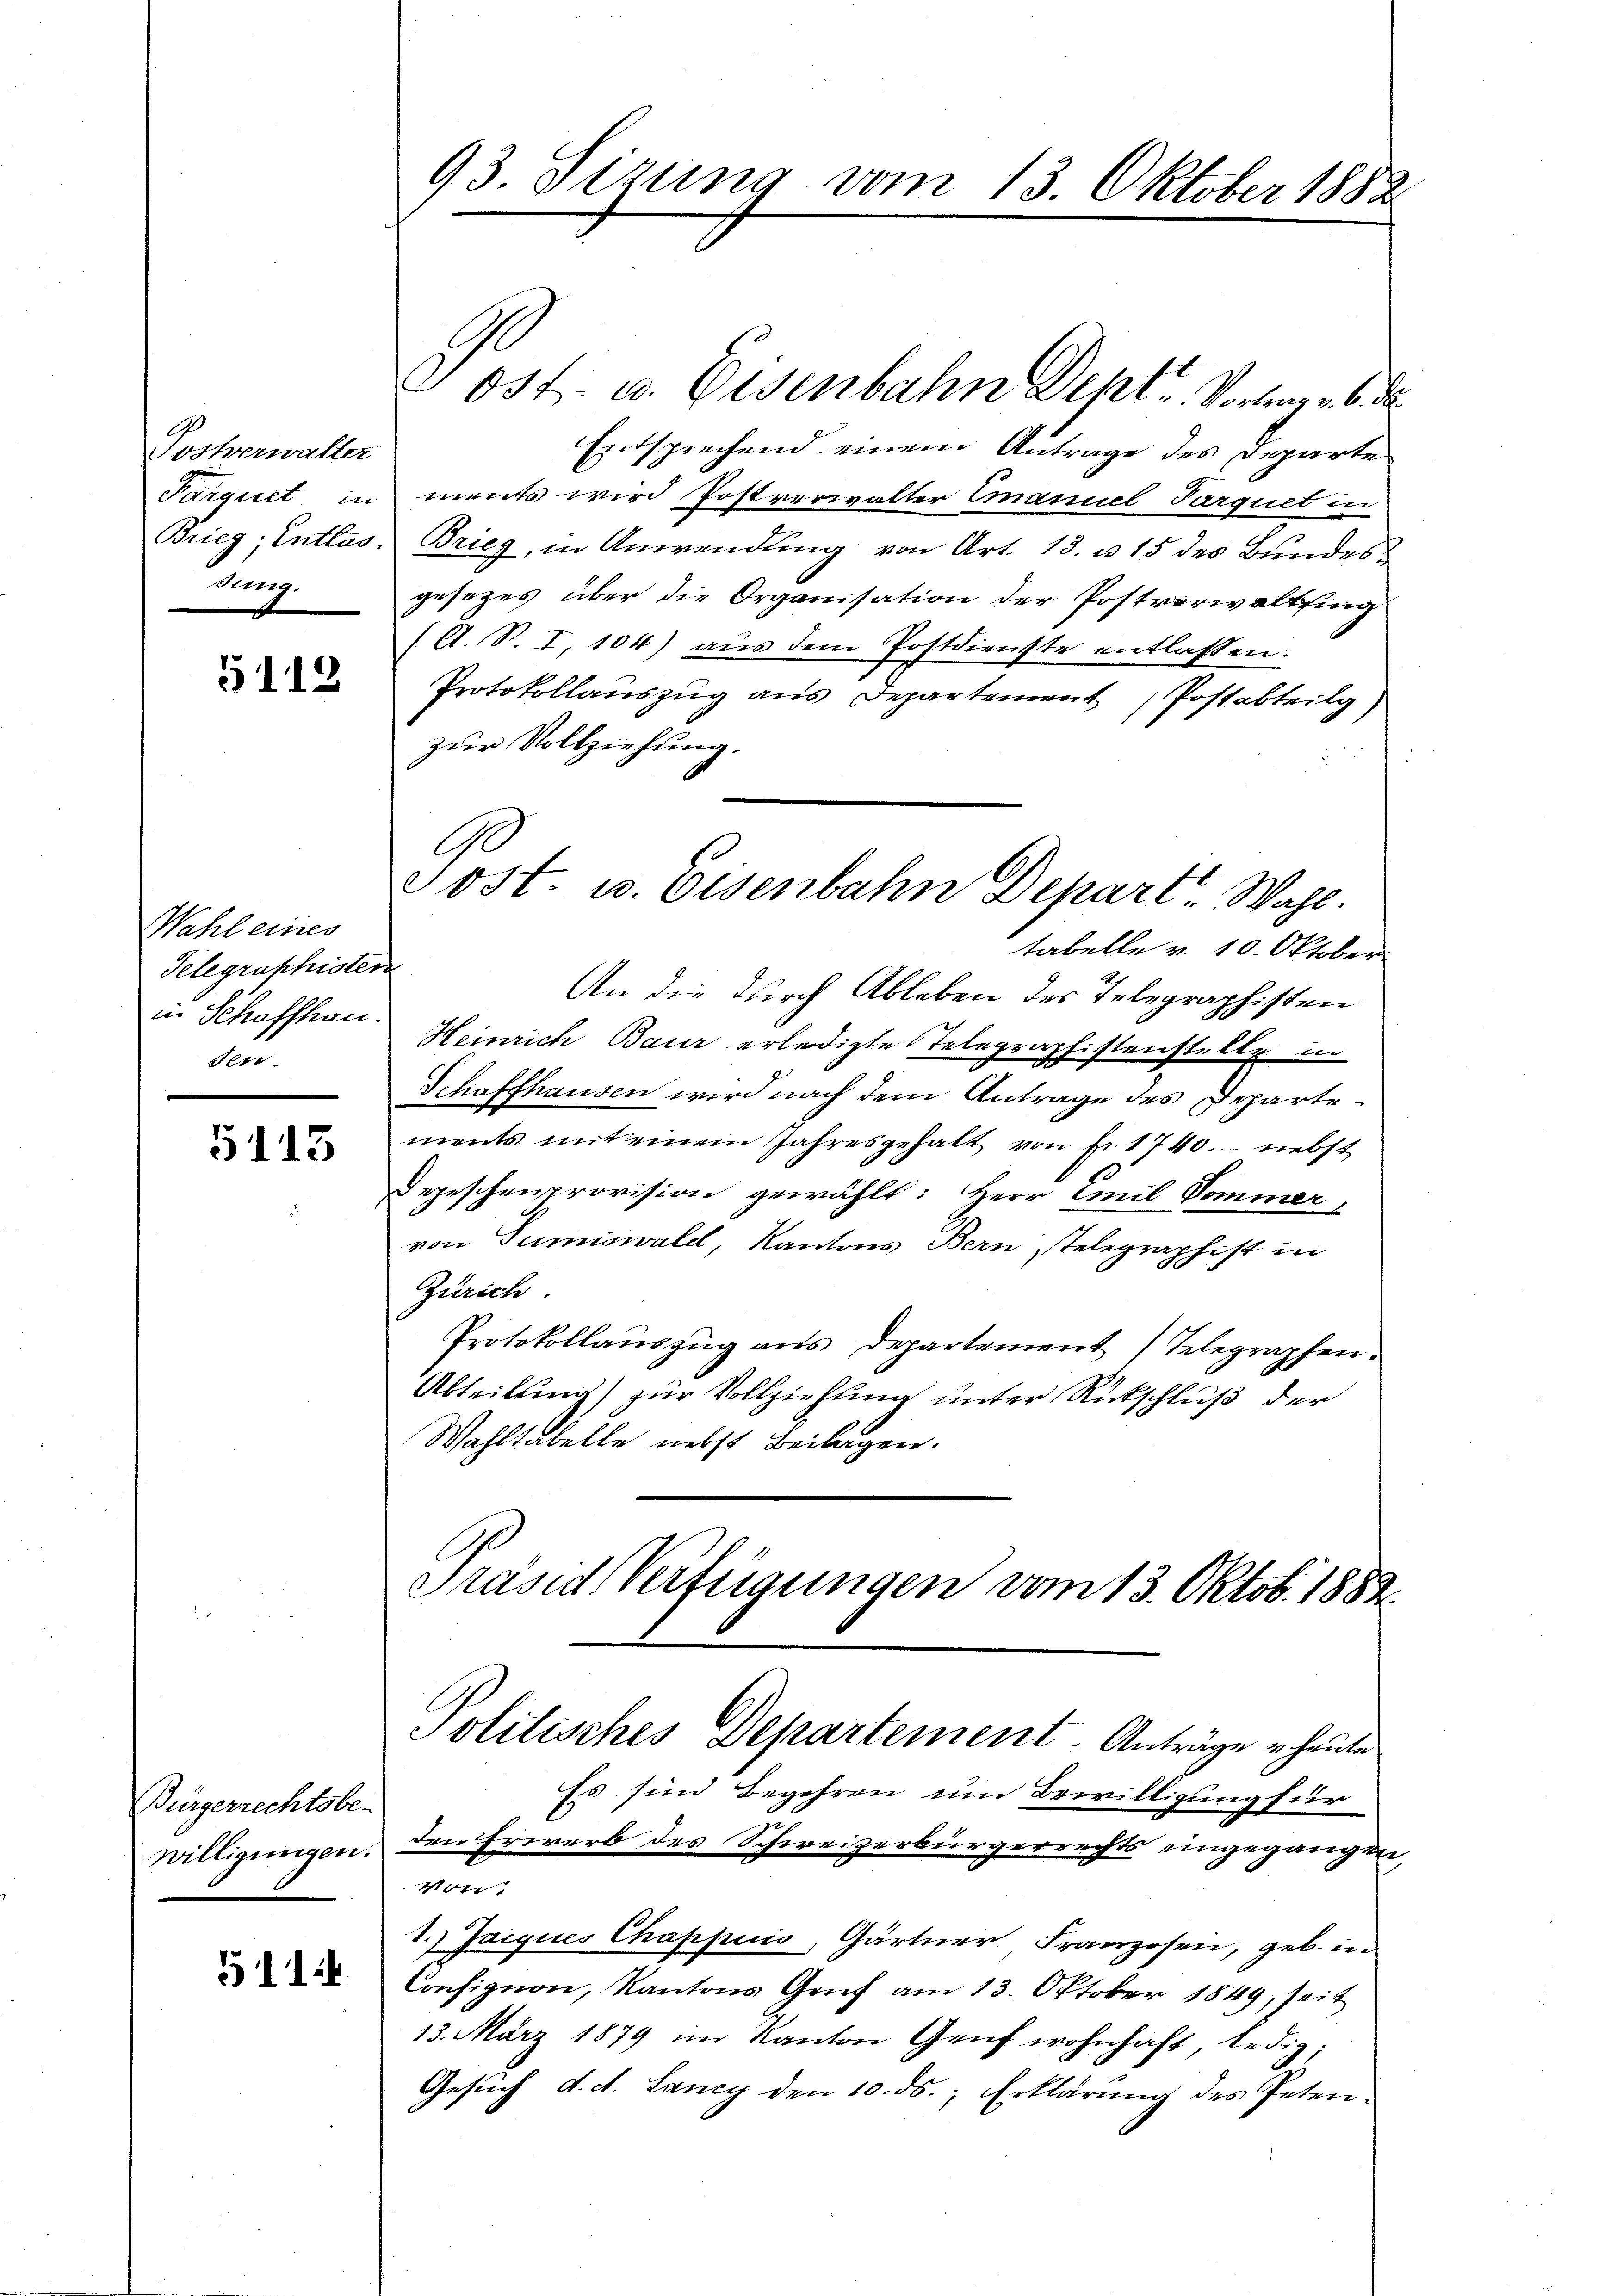
9
Sockerwalter
dung

5112

Wahl eines
Telegraphister
in Schaffhau
den.

5113

Bürgerrechtsbe-
willigungen.
1
511.

93. Sizung vom 13. Oktober 1882

Jost- u. Eisenbahn Dept. Vortrag u. 6. d.
Entsprechend einem Antrage des Departe
Parquet in ments wird Postverwalter Emanuel Parquet in
Brieg, Entlas- Brieg, in Anwendung von Art. 13. u 15 des Bundesgesezes über die Organisation der Postverwaltsing
(A. S. I. 104) aus dem Postdienste entlassen.
Protokollauszug aus Departement Postabteilg)
zur Vollziehung.
A
tabelle v. 10. Oktober
An die durch Ableben des Telegraphisten
Heinrich Baur erledigte Telegraphistenstelle in
Schaffhausen wird nach dem Antrage des Departements mit einem Jahresgehalt von Fr. 1740. - nebst
Depeschenprovision gewählt: Herr Emil Dominer
von Tumiswald, Kantons Bern stelegraphist in
Zürich
Protokollauszug aus Departement (Telegraphen.
Abteilung) zur Vollziehung unter Rückschluß der
Wahltabelle nebst Beilagen.
Präsid. Verfügungen vom 13. Oktob. 1882

Post u. Eisenbahn Depart. Wahl.

Es sind Begehren um Bewilligung für
den Erwerb des Schweizerbürgerrechts eingegangen,
Von
1.) Jacques Chappiis, Gärtner Franzosen, geb. in
Consignon, Kantons Genf am 13. Oktober 1849 seit
13. März 1879 im Kanton Genf wohnhaft, ledig;
Gesuch d. d. Lancy den 10. ds., Erklärung des Peten¬

Politisches Departement. Anträge u. heute